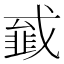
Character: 𢨁